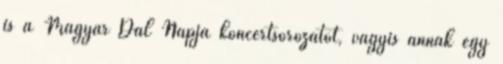
is a Magyar Dal Napja koncertsorozatot, vagyis annak egy